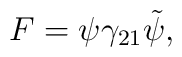
F = \psi \gamma_{21} \tilde{\psi} ,